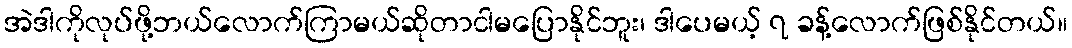
အဲဒါကိုလုပ်ဖို့ဘယ်လောက်ကြာမယ်ဆိုတာငါမပြောနိုင်ဘူး၊ ဒါပေမယ့် ၇ ခန့်လောက်ဖြစ်နိုင်တယ်။